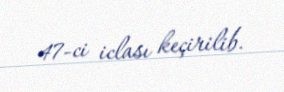
47-ci iclası keçirilib.